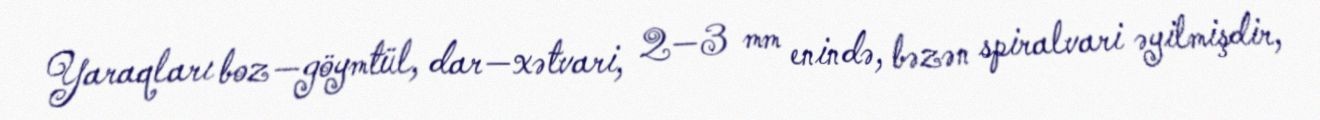
Yaraqları boz—göymtül, dar—xətvari, 2—3 mm enində, bəzən spiralvari əyilmişdir,